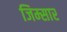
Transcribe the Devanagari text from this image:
जिम्सार